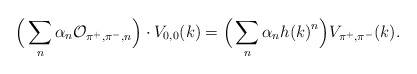
\begin{align*}\Big (\sum_n \alpha_n {\cal O}_{\pi^+,\pi^-,n}\Big ) \cdot V_{0,0}(k) = \Big ( \sum_n \alpha_n {h(k)}^n \Big ) V_{\pi^+,\pi^-}(k).\end{align*}